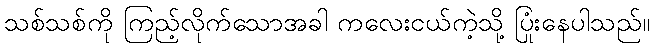
သစ်သစ်ကို ကြည့်လိုက်သောအခါ ကလေးငယ်ကဲ့သို့ ပြုံးနေပါသည်။